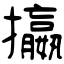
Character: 攍